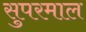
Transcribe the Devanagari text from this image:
सुपरमाल